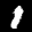
Label: 1